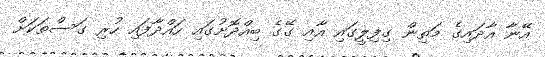
އޭނާ އާދައިގެ މަތިން ގިފިލީގައި އާއި ގޭގެ ބިއްދޮށުގައި ހައްދާފައި ހުރި ގަސްތަކަށް